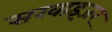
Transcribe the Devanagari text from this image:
सरवाइजर